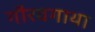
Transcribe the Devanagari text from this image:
गौरवगाथा